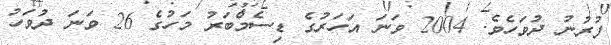
ފުރުނު ދުވަހެވެ. 2004 ވަނަ އަހަރުގެ ޑިސެމްބަރު މަހުގެ 26 ވަނަ ދުވަހު